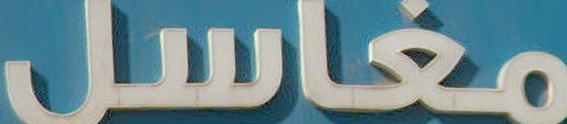
مغاسل